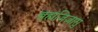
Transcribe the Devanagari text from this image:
ब्रह्मजिज्ञासु